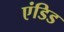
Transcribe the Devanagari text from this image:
एंडिड